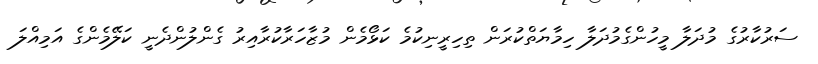
ސަރުކާރުގެ މުދަލާ މީހުންގެމުދަލާ ހިމާޔަތްކުރަން ތިހިރީނިކުމެ ކަޅޯމެން މުޒާހަރާކުރާއިރު ގެންލުންދެނީ ކަލޭމެންގެ އަމިއްލަ